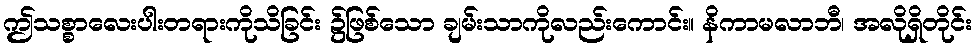
ဤသစ္စာလေးပါးတရားကိုသိခြင်း ၌ဖြစ်သော ချမ်းသာကိုလည်းကောင်း။ နိကာမလာဘီ၊ အလိုရှိတိုင်း